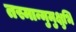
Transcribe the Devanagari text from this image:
तस्मान्मुमुक्षुभि